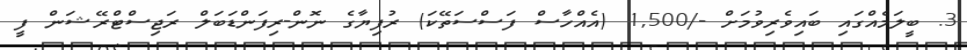
3. ބީލަމެއްގައި ބައިވެރިވުމަށް -/1